Civil Veterinary Department. Central Provinces & Berar 1925-31 - 1925-1931
Year: 1925
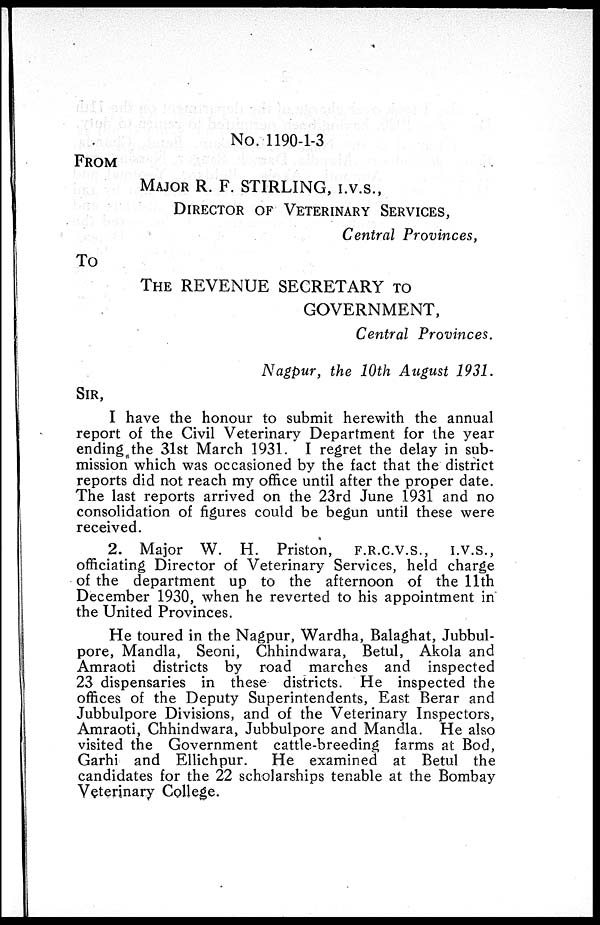
No. 1190-1-3
FORM
MAJOR R. F. STIRLING, I.V.S.,
DIRECTOR OF VETERINARY SERVICES,
Central Provinces,
To
THE REVENUE SECRETARY TO
GOVERNMENT,
Central Provinces.
Nagpur, the 10th August 1931.
SIR,
I have the honour to submit herewith the annual
report of the Civil Veterinary Department for the year
ending, the 31st March 1931. I regret the delay in sub-
mission which was occasioned by the fact that the district
reports did not reach my office until after the proper date.
The last reports arrived on the 23rd June 1931 and no
consolidation of figures could be begun until these were
received.
2. Major W. H. Priston, F.R.C.V.S., I.V.S.,
officiating Director of Veterinary Services, held charge
of the department up to the afternoon of the 11th
December 1930, when he reverted to his appointment in
the United Provinces.
He toured in the Nagpur, Wardha, Balaghat, Jubbul-
pore, Mandla, Seoni, Chhindwara, Betul, Akola and
Amraoti districts by road marches and inspected
23 dispensaries in these districts. He inspected the
offices of the Deputy Superintendents, East Berar and
Jubbulpore Divisions, and of the Veterinary Inspectors,
Amraoti, Chhindwara, Jubbulpore and Mandla. He also
visited the Government cattle-breeding farms at Bod,
Garhi and Ellichpur.
He examined at Betul the
candidates for the 22 scholarships tenable at the Bombay
Veterinary College.